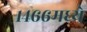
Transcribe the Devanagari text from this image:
१४६६मध्ये